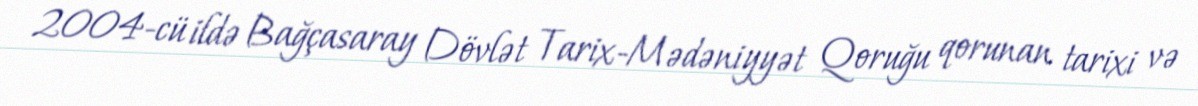
2004-cü ildə Bağçasaray Dövlət Tarix-Mədəniyyət Qoruğu qorunan tarixi və